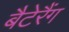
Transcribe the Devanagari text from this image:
बैटेरैंग